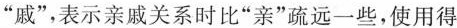
”戚”，表示亲戚关系时比”亲”疏远一些，使用得